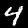
Digit: 4